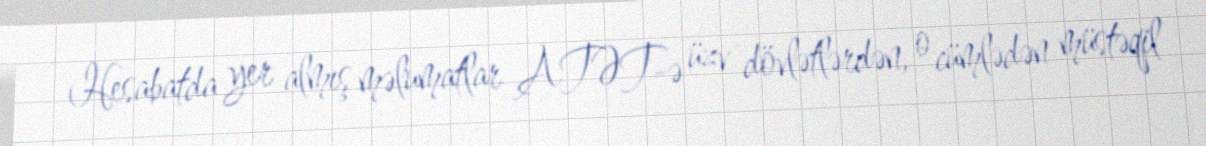
Hesabatda yer almış məlumatlar ATƏT-ə üzv dövlətlərdən, o cümlədən müstəqil